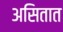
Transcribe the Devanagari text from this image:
असितात